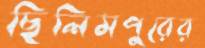
ছিলিমপুরের